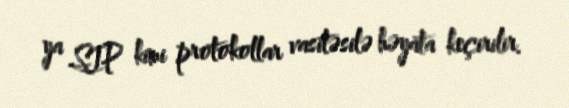
ya SIP kimi protokollar vasitəsilə həyata keçirilir.